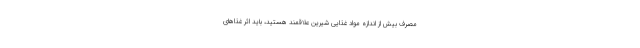
مصرف بیش از اندازه مواد غذایی شیرین علاقمند هستید، باید اثر غذاهای